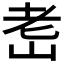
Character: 𦒴